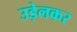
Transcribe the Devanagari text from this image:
उड़ेलकर